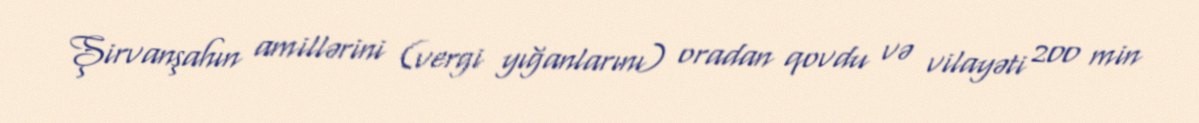
Şirvanşahın amillərini (vergi yığanlarını) oradan qovdu və vilayəti 200 min